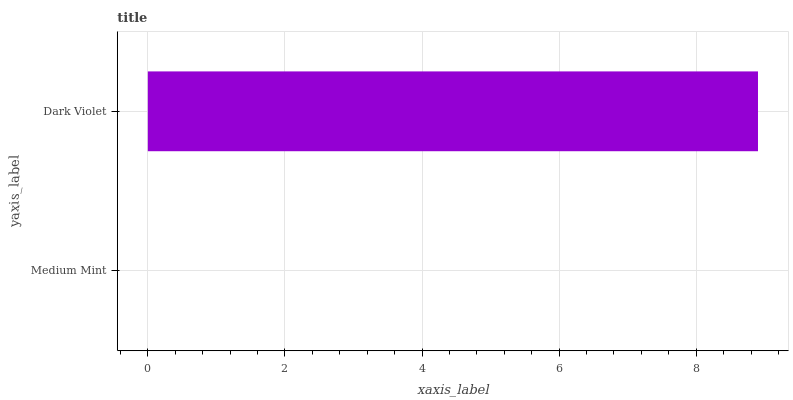
| yaxis_label | bars |
 | --- | --- |
 | Medium Mint | 0 |
 | Dark Violet | 8.9 |